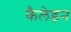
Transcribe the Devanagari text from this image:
कैलेडन